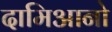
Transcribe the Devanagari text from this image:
दामिआनो